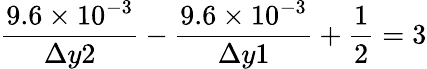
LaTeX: \frac{9.6\times 10^{-3}}{\Delta y2}-\frac{9.6\times 10^{-3}}{\Delta y1}+\frac{1}{2}=3